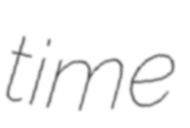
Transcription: time